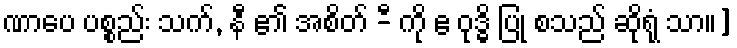
ဏာပေ ပစ္စည်း သက်, နီ ၏ အစိတ် -ီ ကို ဧ ဝုဒ္ဓိ ပြု စသည် ဆိုရုံ သာ။]